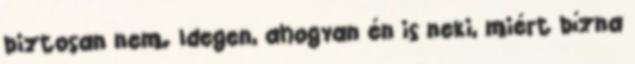
biztosan nem. Idegen, ahogyan én is neki, miért bízna